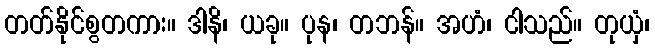
တတ်နိုင်စွတကား။ ဒါနိ၊ ယခု။ ပုန၊ တဘန်။ အဟံ၊ ငါသည်။ တုယှံ၊